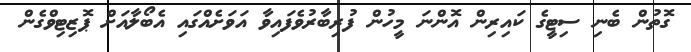
ގޮތުން ބެނި ސިޓީގެ ކައިރިން އޮންނަ މީހުން ފުރިބާރުވެފައިވާ އަވަށެއްގައި އެބޯލާއަށް ޕޮޒިޓިވްގެން